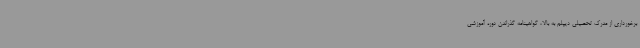
برخورداری از مدرک تحصیلی دیپلم به بالا، گواهینامه گذراندن دوره آموزشی